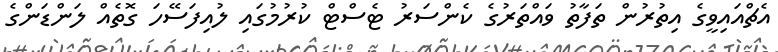
އެޗްއައިވީގެ އިތުރުން ތަފާތު ވައްތަރުގެ ކެންސަރު ޓެސްޓް ކުރުމުގައި ލުއިފަސޭހަ ގޮތެއް ލަންޑަންގެ